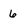
Character: 6